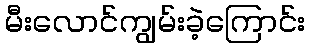
မီးလောင်ကျွမ်းခဲ့ကြောင်း